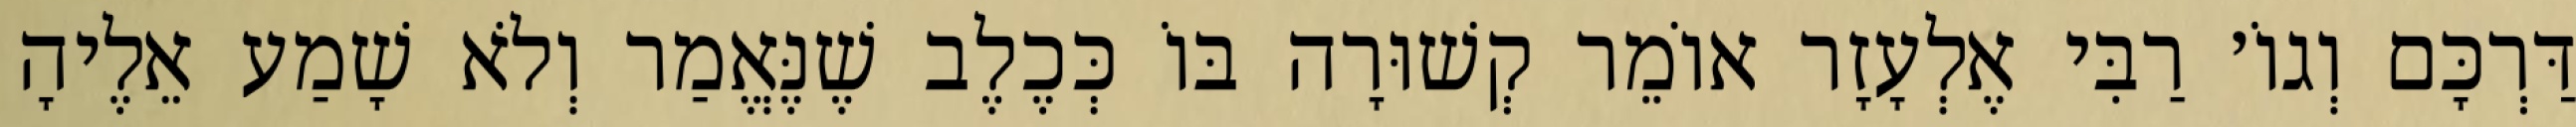
דַּרְכָּם וְגוֹ׳ רַבִּי אֶלְעָזָר אוֹמֵר קְשׁוּרָה בּוֹ כְּכֶלֶב שֶׁנֶּאֱמַר וְלֹא שָׁמַע אֵלֶיהָ